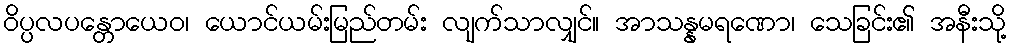
ဝိပ္ပလပန္တောယေဝ၊ ယောင်ယမ်းမြည်တမ်း လျက်သာလျှင်။ အာသန္နမရဏော၊ သေခြင်း၏ အနီးသို့